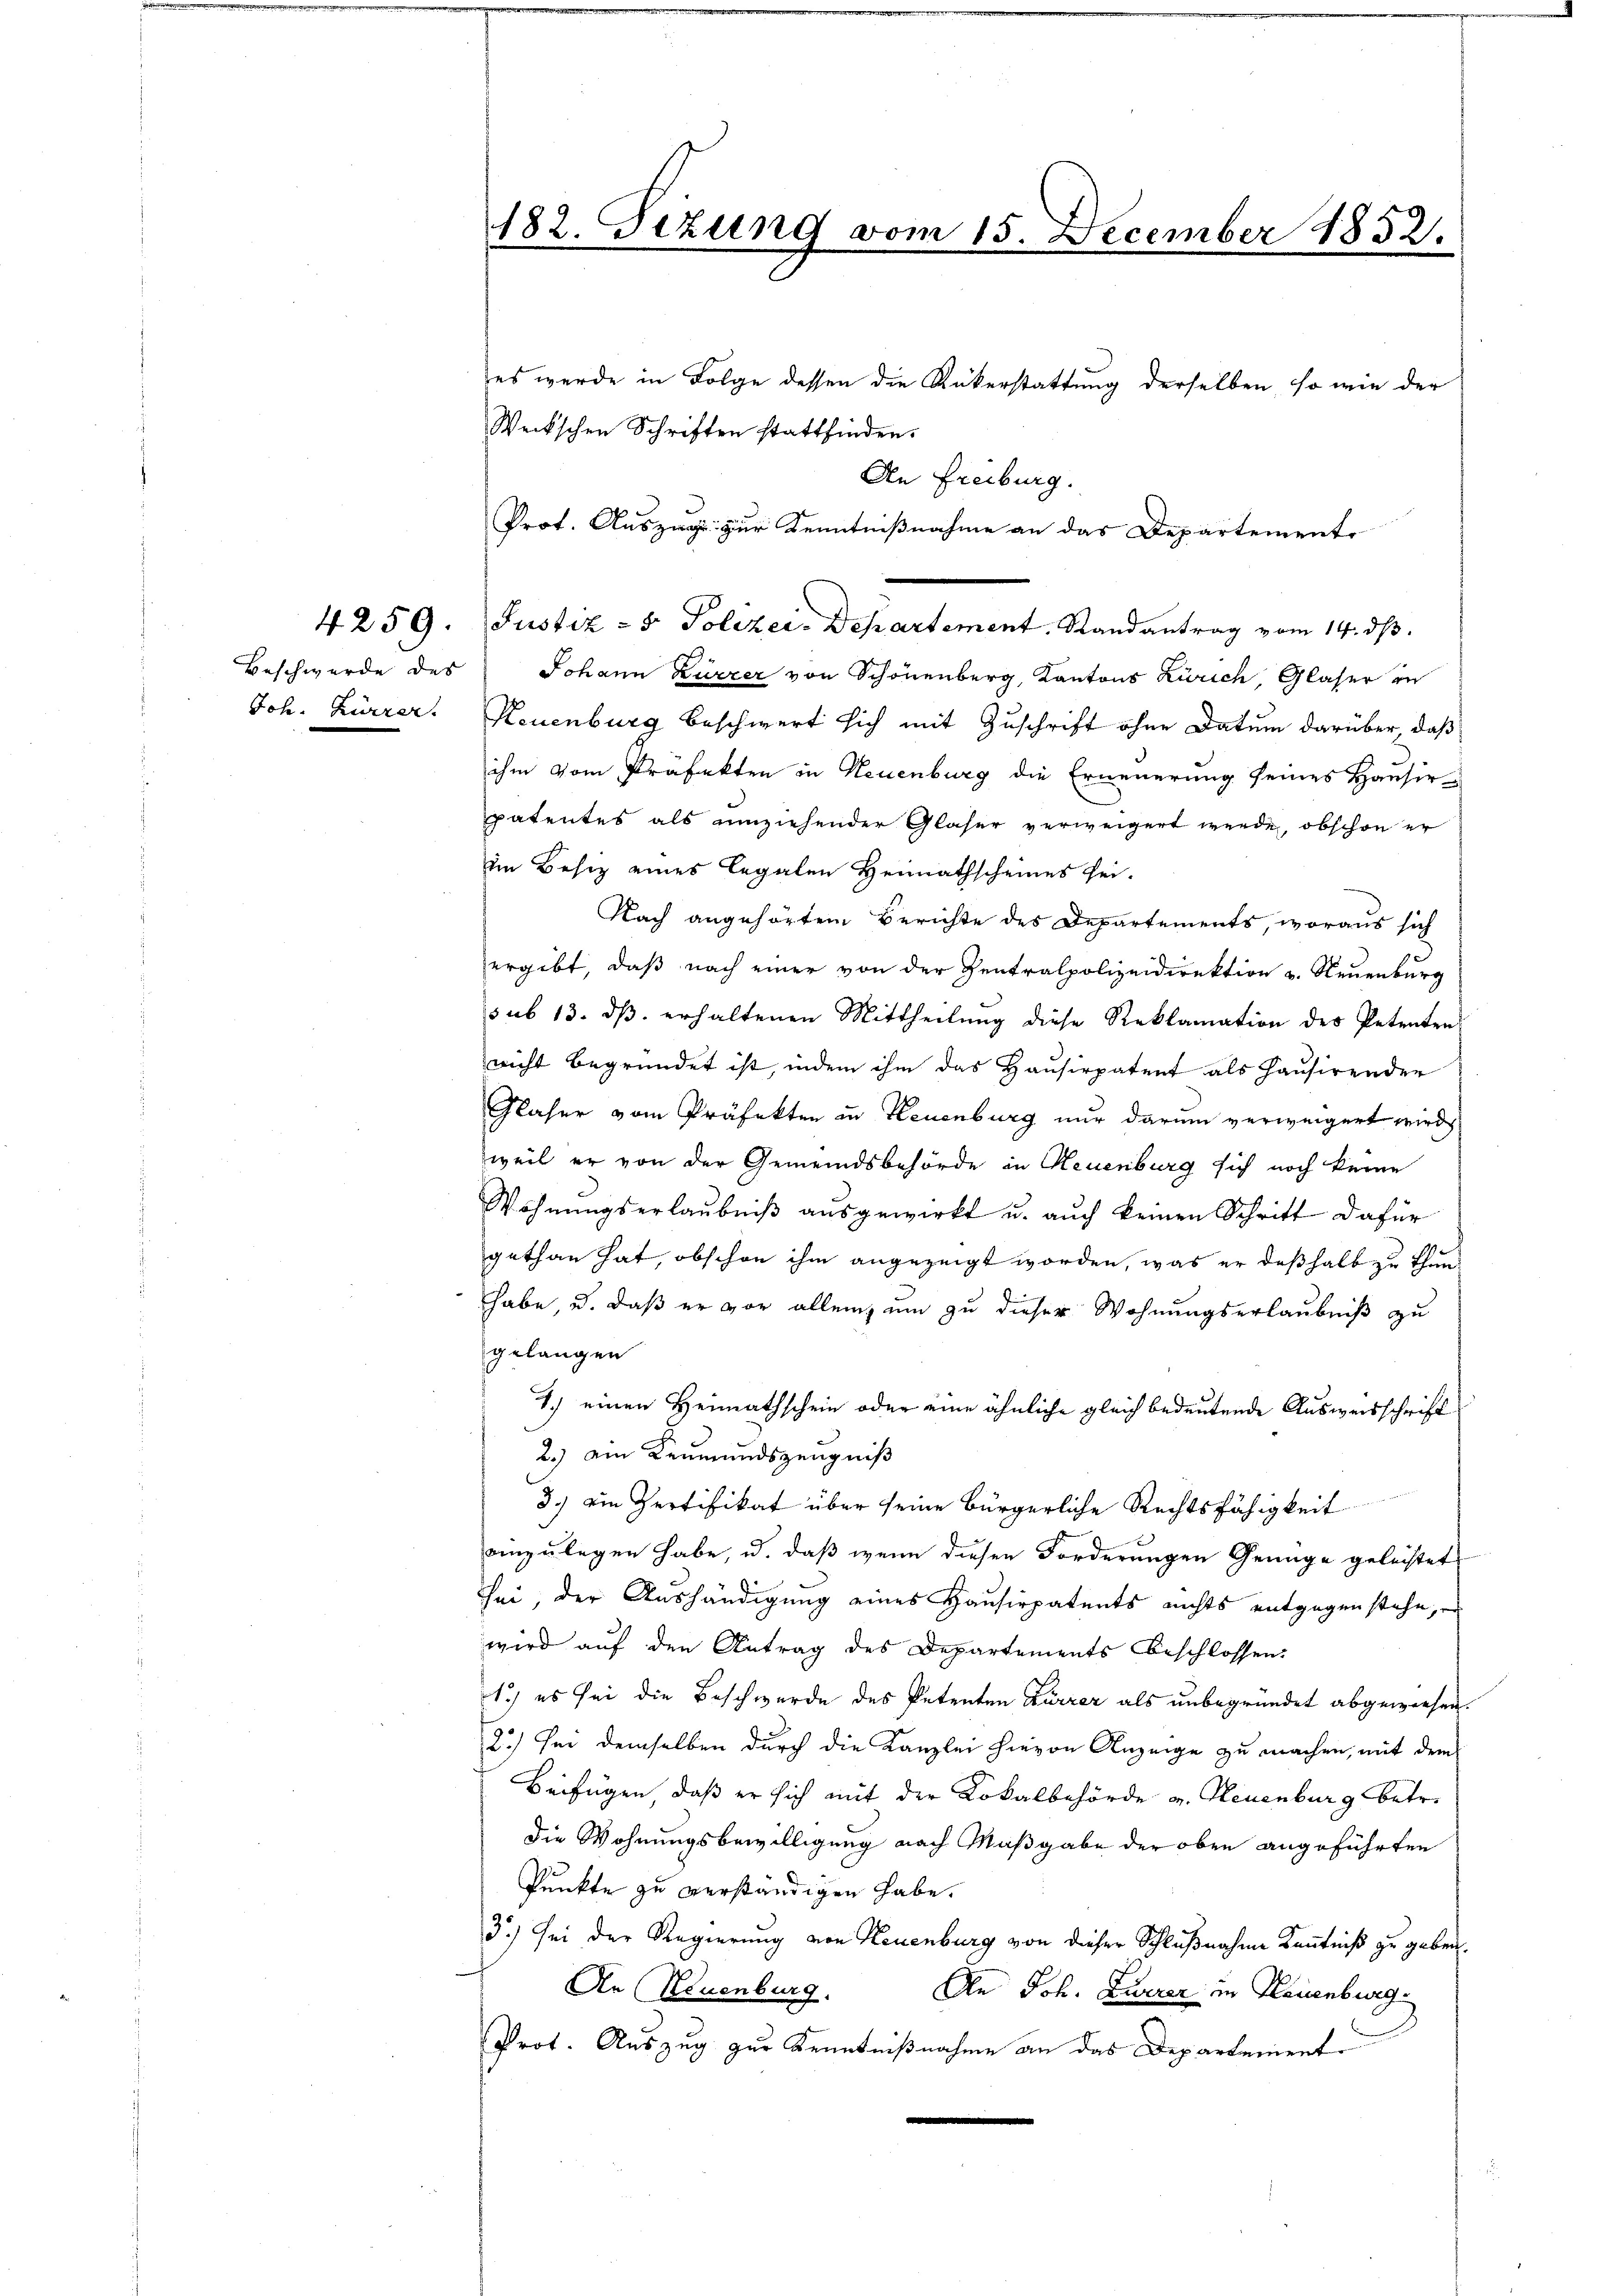
es werde in Folge dessen die Rükerstattung derselben, so wie der
Weckschen Schriften stattfinden.
An Freiburg.
Prot. Auszug zur Kenntnißnahme an das Departemente
4259. Justiz- & Polizei-Departement. Randantrag vom 14. ds.
Beschwerde des Johann Kürzer von Schönenberg, Kantons Zürich, Glaser in
Joh. Zürrer. Neuenburg beschwert sich mit Zuschrift ohne Datum darüber, daß
ihm vom Präfekten in Neuenburg die Erneuerung seines Hausir
patentes als umziehender Glaser verweigert werde, obschon er
im Besitz eines legalen Heimathscheines sei¬
Nach angehörtem Berichte des Departements, woraus sich
ergibt, daß nach einer von der Zentralpolizeidirektion u. Neuenburg
sub 13. dβ. erhaltenen Mittheilŭng diese Reklamation des Petenten
nicht begründet ist, indem ihm das Hausirpatent als Hausirender
Gläser vom Präfekten in Neuenburg nur darum verweigert wird,
weil er von der Gemeindsbehörde in Neuenburg sich noch keine
Wohnŭngserlaŭbniβ aŭsgewirkt u. auch keinen Schritt dafür
gethan hat, obschon ihm angezeigt worden, was er deßhalb zu thunhabe, u. daß er vor allein, um zu dieser Wohnungserlaubniß zu
gelangen
1.) einen Heimathschein oder eine ähnliche gleich bedeutende Ausweisschrift
2.) ein Leumundszeugniß
3.) ein Zertifikat über seine bürgerliche Rechtsfähigkeit
einzulegen habe, u. daß wenn diesen Forderungen Genüge geleistets
sei, der Aushändigung eines Hausirpatents nichts entgegen stehe,
wird auf den Antrag des Departements beschlossen:
1.) es sei die Beschwerde des Petenten Kürzer als unbegründet abgewiesen.
2.) Sei demselben durch die Kanzlei hievon Anzeige zu machen, mit dem
Beifügen, daß er sich mit der Lokalbehörde u. Neuenburg betr.
die Wohnungsbewilligung nach Maßgabe der oben angeführten
Punkte zu verständigen habe.
3) sei der Regierung von Neuenburg von dieser Schlußnahme Kenntniß zu geben.
An Neuenburg. An Joh. Zuerer in Neuenburg
Prot. Auszug zur Kenntnißnahme an das Departement¬

182. Sizung vom 15. December 1832.